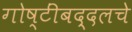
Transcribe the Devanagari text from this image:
गोष्टींबद्दलचे